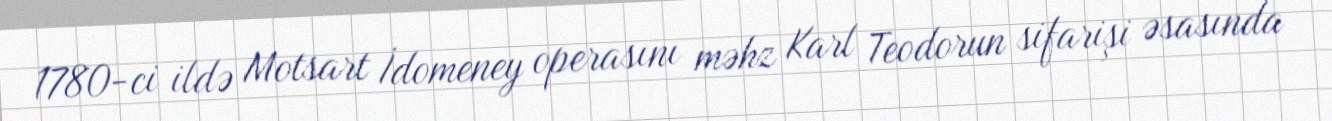
1780-ci ildə Motsart İdomeney operasını məhz Karl Teodorun sifarişi əsasında